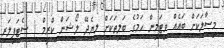
މިސާލަކަށް ބައެއް ވިޓަމިން ހަމުގެ ބަލިތަކަށް ލިޔެދޭ ލޯޝަން ކްރީމް ( ސެޓަފިލަރ